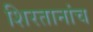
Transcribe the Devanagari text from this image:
शिरतानांच